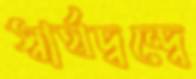
স্বার্থদ্বন্দ্বে